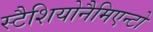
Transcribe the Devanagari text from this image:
स्टैशियोनैमिएन्टो